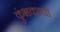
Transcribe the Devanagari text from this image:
कुंभकाचा